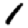
Digit: 1